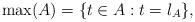
LaTeX: \begin{align*}\max(A)=\{t\in A:t=l_A\},\end{align*}